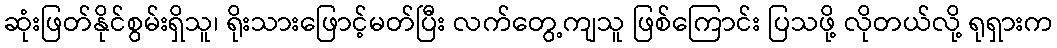
ဆုံးဖြတ်နိုင်စွမ်းရှိသူ၊ ရိုးသားဖြောင့်မတ်ပြီး လက်တွေ့ကျသူ ဖြစ်ကြောင်း ပြသဖို့ လိုတယ်လို့ ရုရှားက